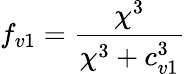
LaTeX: f_{v1}=\frac{\chi^{3}}{\chi^{3}+c_{v1}^{3}}